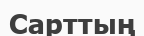
Сарттың